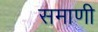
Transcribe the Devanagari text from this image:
समाणी